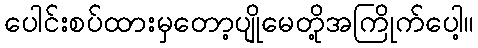
ပေါင်းစပ်ထားမှတော့ပျိုမေတို့အကြိုက်ပေါ့။